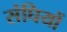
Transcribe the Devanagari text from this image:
संघियों